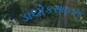
ડાયોકસાઇડના